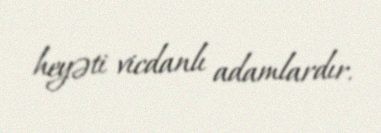
heyəti vicdanlı adamlardır.